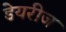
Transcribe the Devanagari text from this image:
डेयरीज